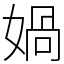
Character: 媧